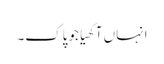
انہاں آکھیا جو پاک۔